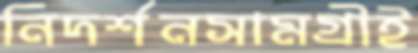
নিদর্শনসামগ্রীই